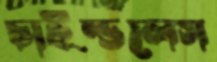
চাইল্ডলেস